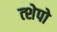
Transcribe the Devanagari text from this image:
त्शेपो